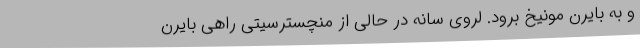
و به بایرن مونیخ برود. لروی سانه در حالی از منچسترسیتی راهی بایرن